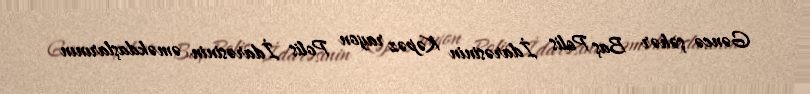
Gəncə şəhər Baş Polis İdarəsinin Kəpəz rayon Polis İdarəsinin əməkdaşlarının